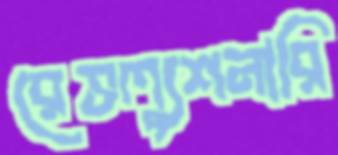
রেভল্যুশনারি